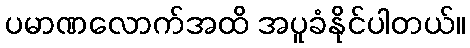
ပမာဏလောက်အထိ အပူခံနိုင်ပါတယ်။